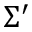
\Sigma ^ { \prime }